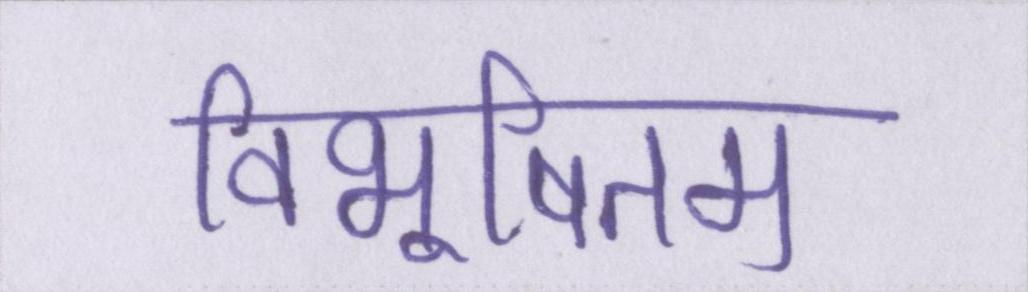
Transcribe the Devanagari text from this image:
विभूषितम